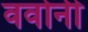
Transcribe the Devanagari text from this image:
ववोनी